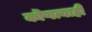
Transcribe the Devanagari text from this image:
कॊणत्याही